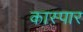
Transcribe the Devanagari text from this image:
कास्पार